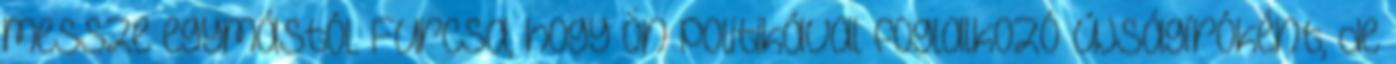
messze egymástól. Furcsa, hogy ön politikával foglalkozó újságíróként, de